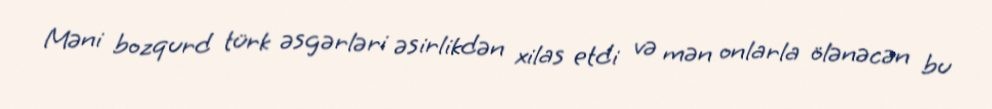
Məni bozqurd türk əsgərləri əsirlikdən xilas etdi və mən onlarla ölənəcən bu